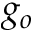
g _ { o }